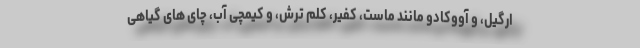
ارگیل، و آووکادو مانند ماست، کفیر، کلم ترش، و کیمچی آب، چای های گیاهی